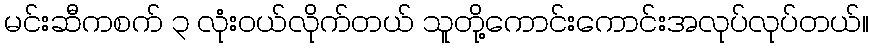
မင်းဆီကစက် ၃ လုံးဝယ်လိုက်တယ် သူတို့ကောင်းကောင်းအလုပ်လုပ်တယ်။